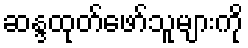
ဆန္ဒထုတ်ဖော်သူများကို